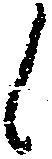
候